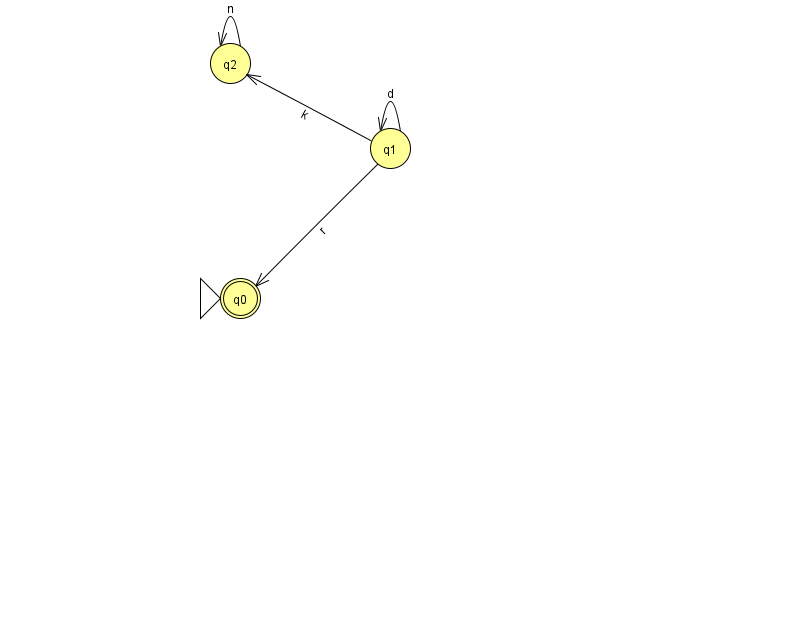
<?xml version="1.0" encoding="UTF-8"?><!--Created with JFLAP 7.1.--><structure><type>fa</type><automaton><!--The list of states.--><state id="0" name="q0"><x>240.0</x><y>285.0</y><initial/><final/></state><state id="1" name="q1"><x>390.0</x><y>135.0</y></state><state id="2" name="q2"><x>230.0</x><y>50.0</y></state><!--The list of transitions.--><transition><from>1</from><to>2</to><read>k</read></transition><transition><from>1</from><to>0</to><read>r</read></transition><transition><from>1</from><to>1</to><read>d</read></transition><transition><from>2</from><to>2</to><read>n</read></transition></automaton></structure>